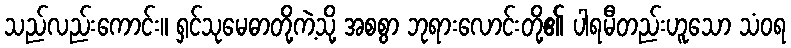
သည်လည်းကောင်း။ ရှင်သုမေဓာတို့ကဲ့သို့ အစစွာ ဘုရားလောင်းတို့၏ ပါရမီတည်းဟူသော သံဝရ